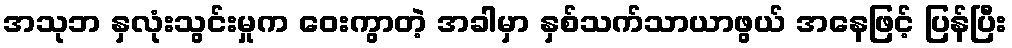
အသုဘ နှလုံးသွင်းမှုက ဝေးကွာတဲ့ အခါမှာ နှစ်သက်သာယာဖွယ် အနေဖြင့် ပြန်ပြီး